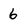
Character: 6